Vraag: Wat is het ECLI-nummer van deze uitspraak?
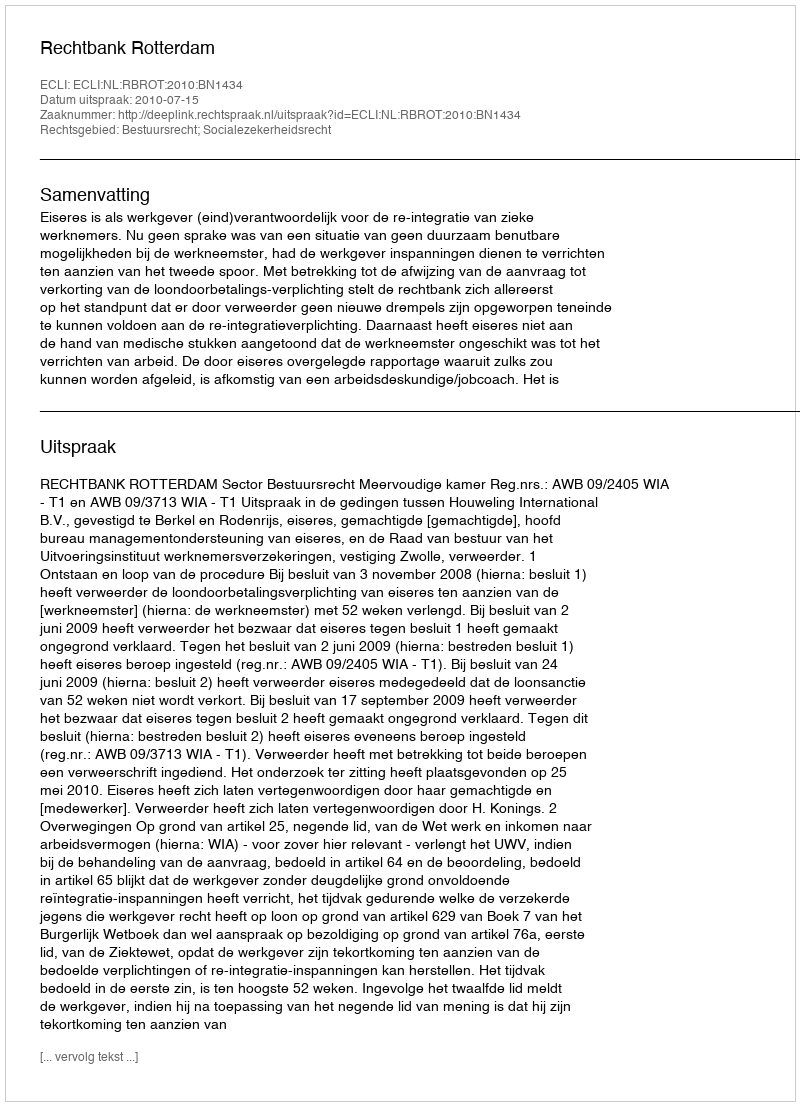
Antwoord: ECLI:NL:RBROT:2010:BN1434